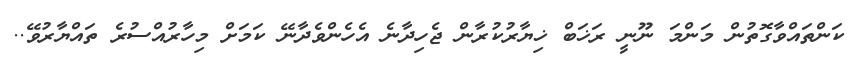
ކަންތައްވާގޮތުން މަންމަ ނޫނީ ރަޚަބް ޚިޔާރުކުރާން ޖެހިދާނެ އެހެންވެދާނޭ ކަމަށް މިހާރުއްސުރެ ތައްޔާރުވޭ..